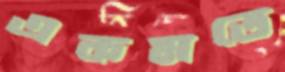
একমতে